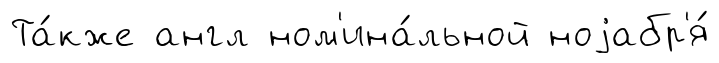
Та́кже англ ном'ина́льной ноjабр'я́